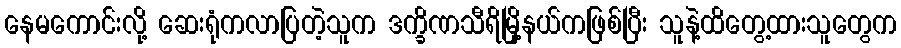
နေမကောင်းလို့ ဆေးရုံကလာပြတဲ့သူက ဒက္ခိဏသီရိမြို့နယ်ကဖြစ်ပြီး သူနဲ့ထိတွေ့ထားသူတွေက